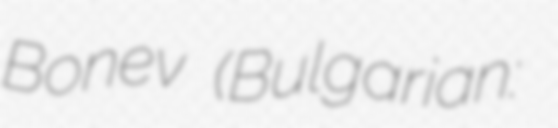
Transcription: Bonev (Bulgarian: Христо